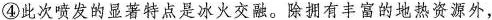
④此次喷发的显著特点是冰火交融。除拥有丰富的地热资源外，